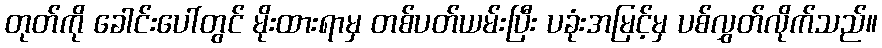
တုတ်ကို ခေါင်းပေါ်တွင် မိုးထားရာမှ တစ်ပတ်ယမ်းပြီး ပခုံးအမြင့်မှ ပစ်လွှတ်လိုက်သည်။